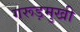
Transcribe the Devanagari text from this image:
गरूड़मुखी